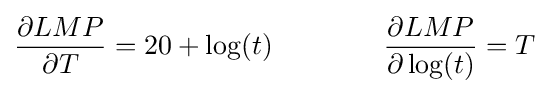
{\frac {\partial LMP}{\partial T}}=20+\log(t)\qquad \qquad {\frac {\partial LMP}{\partial \log(t)}}=T